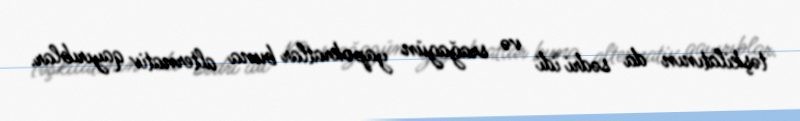
təşkilatının da sədri idi və srağagün yapokratlar buna alternativ qayırıblar.